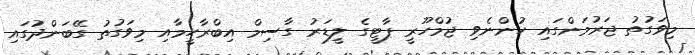
މިވަގުތު ޖަރުމަންގައި ހުންނެވި ޖުމްހޫރީ ޕާޓީގެ ލީޑަރު ގާސިމް އިބްރާހީމާއި މިވަގުތު ގޭބަންދުގައި